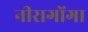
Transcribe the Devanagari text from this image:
नीरागोंगा